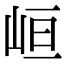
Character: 峘